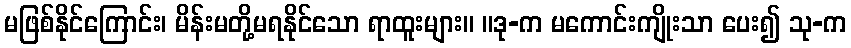
မဖြစ်နိုင်ကြောင်း၊ မိန်းမတို့မရနိုင်သော ရာထူးများ။ ။ဒု-က မကောင်းကျိုးသာ ပေး၍ သု-က